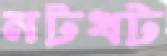
নটখট